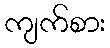
ကျက်စား